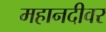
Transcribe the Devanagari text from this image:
महानदीवर